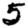
Digit: 5